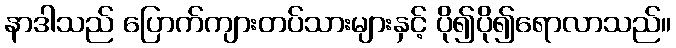
နာဒါသည် ပြောက်ကျားတပ်သားများနှင့် ပို၍ပို၍ရောလာသည်။